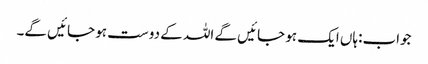
جواب:ہاں ایک ہو جائیں گے اللہ کے دوست ہو جائیں گے۔